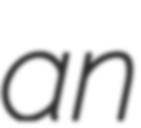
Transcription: an